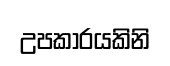
උපකාරයකිනි